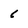
Character: 6